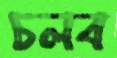
চলব